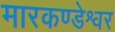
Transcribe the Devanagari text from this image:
मारकण्डेश्वर